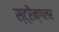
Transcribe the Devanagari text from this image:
स्ट्रैन्गलर